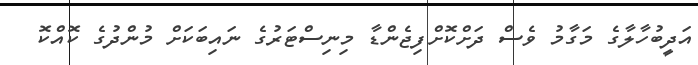
އަދީބުހާލާގެ މަގާމު ވެސް ދަށްކޮށްފިޖެންޑާ މިނިސްޓަރުގެ ނައިބަކަށް މުންދުގެ ކޮއްކޮ